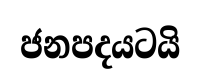
ජනපදයටයි